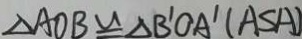
\Delta A O B \cong \Delta B ^ { \prime } O A ^ { \prime } ( A S A )